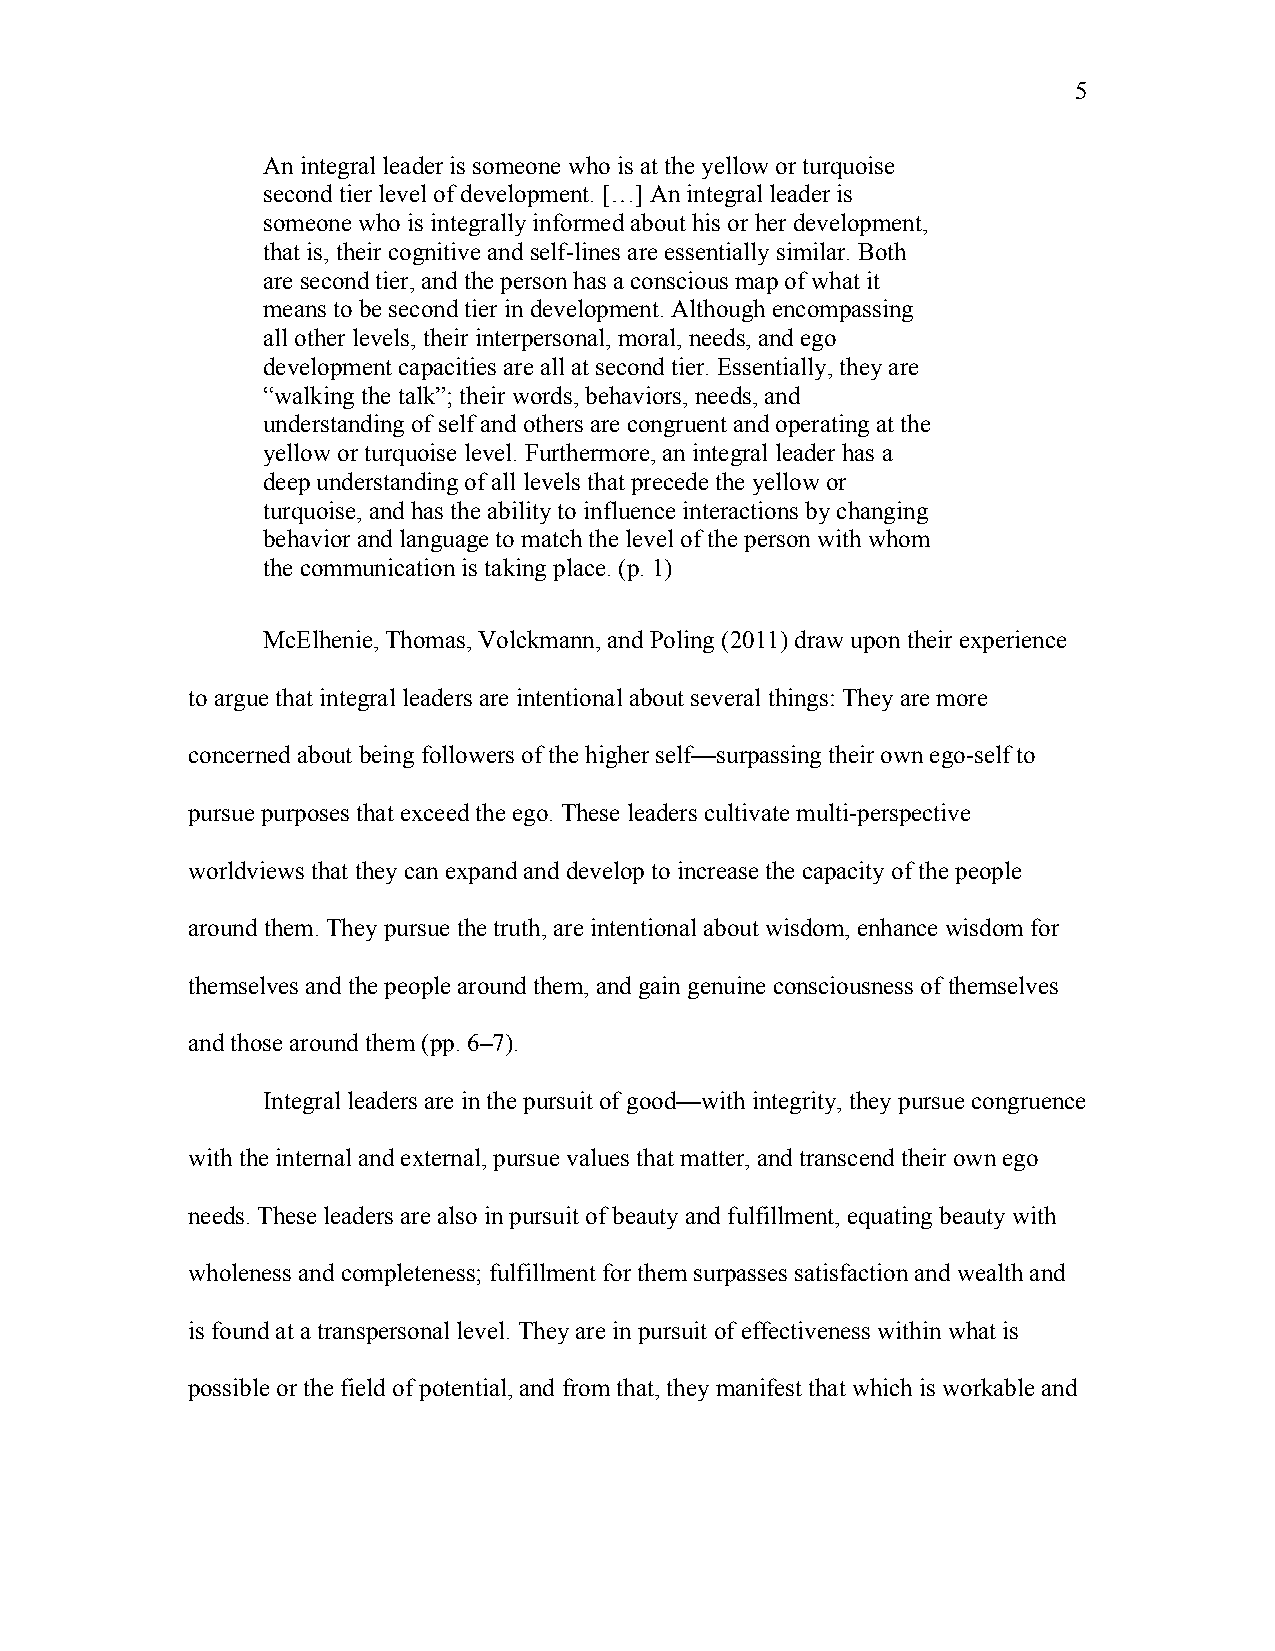
5
 An integral leader is someone who is at the yellow or turquoise
 second tier level of development. […] An integral leader is
 someone who is integrally informed about his or her development,
 that is, their cognitive and self-lines are essentially similar. Both
 are second tier, and the person has a conscious map of what it
 means to be second tier in development. Although encompassing
 all other levels, their interpersonal, moral, needs, and ego
 development capacities are all at second tier. Essentially, they are
 “walking the talk”; their words, behaviors, needs, and
 understanding of self and others are congruent and operating at the
 yellow or turquoise level. Furthermore, an integral leader has a
 deep understanding of all levels that precede the yellow or
 turquoise, and has the ability to influence interactions by changing
 behavior and language to match the level of the person with whom
 the communication is taking place. (p. 1)
 McElhenie, Thomas, Volckmann, and Poling (2011) draw upon their experience
 to argue that integral leaders are intentional about several things: They are more
 concerned about being followers of the higher self—surpassing their own ego-self to
 pursue purposes that exceed the ego. These leaders cultivate multi-perspective
 worldviews that they can expand and develop to increase the capacity of the people
 around them. They pursue the truth, are intentional about wisdom, enhance wisdom for
 themselves and the people around them, and gain genuine consciousness of themselves
 and those around them (pp. 6–7).
 Integral leaders are in the pursuit of good—with integrity, they pursue congruence
 with the internal and external, pursue values that matter, and transcend their own ego
 needs. These leaders are also in pursuit of beauty and fulfillment, equating beauty with
 wholeness and completeness; fulfillment for them surpasses satisfaction and wealth and
 is found at a transpersonal level. They are in pursuit of effectiveness within what is
 possible or the field of potential, and from that, they manifest that which is workable and